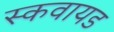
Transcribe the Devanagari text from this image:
स्कवायड